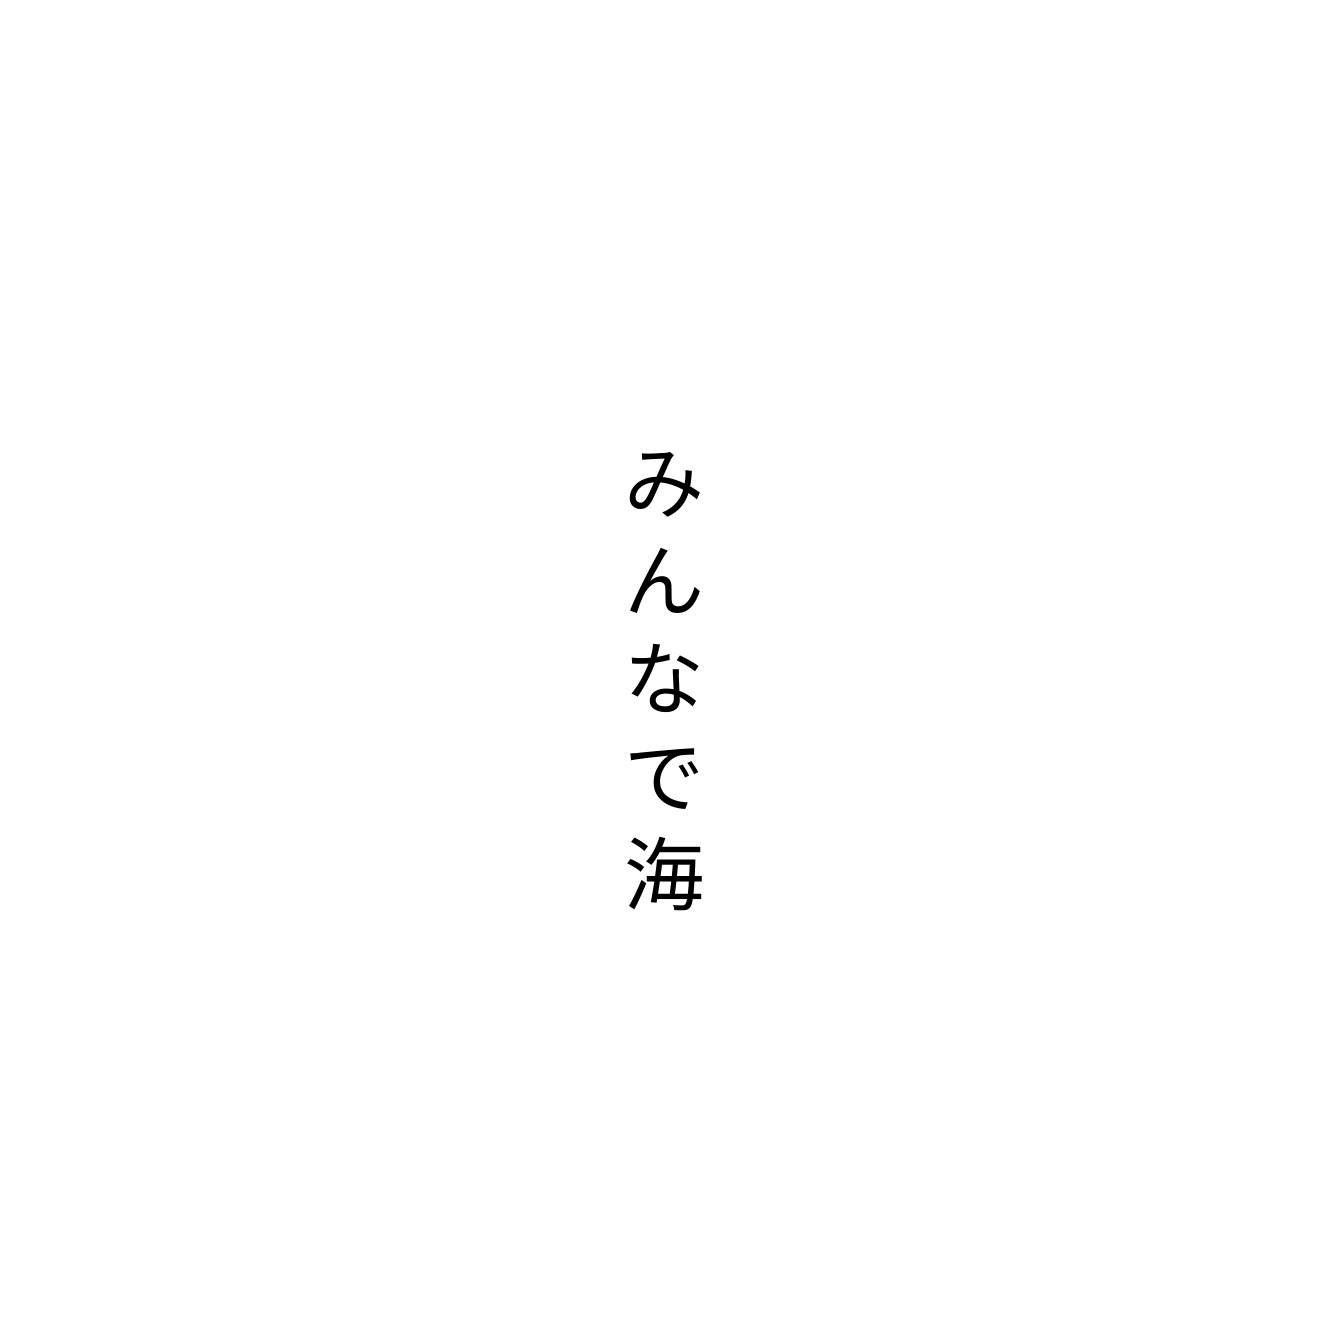
みんなで海